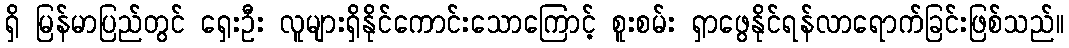
ရှိ မြန်မာပြည်တွင် ရှေးဦး လူများရှိနိုင်ကောင်းသောကြောင့် စူးစမ်း ရှာဖွေနိုင်ရန်လာရောက်ခြင်းဖြစ်သည်။